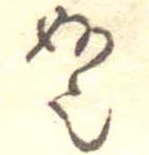
妙也